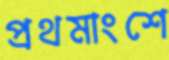
প্রথমাংশে